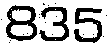
835